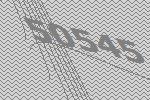
50545